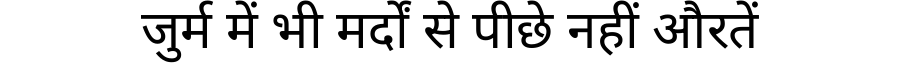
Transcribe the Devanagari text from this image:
जुर्म में भी मर्दों से पीछे नहीं औरतें